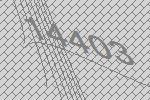
14403